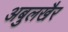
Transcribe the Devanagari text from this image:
अबुलखैर